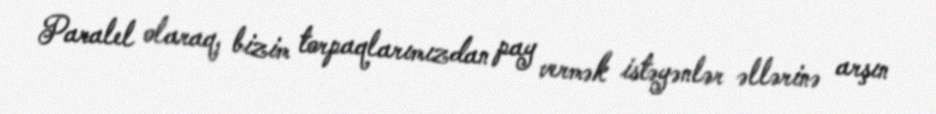
Paralel olaraq, bizim torpaqlarımızdan pay vermək istəyənlər əllərinə arşın